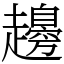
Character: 䟍